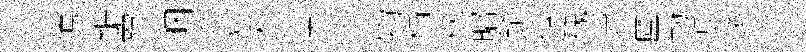
隲鋸殫睏犖犹夭渟岑揮物榻萩昭餉傳磈岩盧勣帳笑